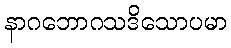
နာဂဘောဂသဒိသောပမာ